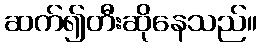
ဆက်၍တီးဆိုနေသည်။